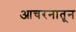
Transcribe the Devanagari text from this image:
आचरनातून